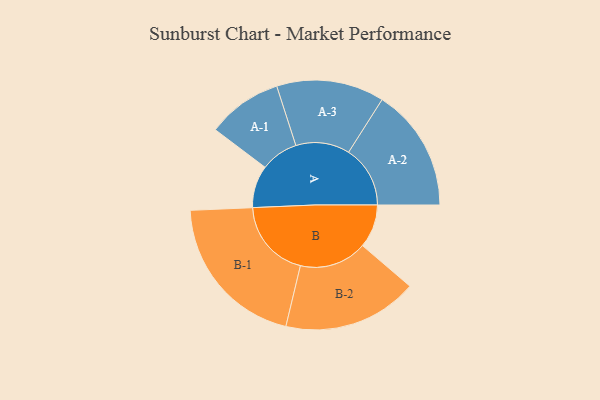
{"axis": {"x": "Segment", "y": "Value"}, "legend": ["", "A", "B"], "data": [{"x": "A", "y": 153, "type": ""}, {"x": "B", "y": 157, "type": ""}, {"x": "A-1", "y": 136, "type": "A"}, {"x": "A-2", "y": 223, "type": "A"}, {"x": "A-3", "y": 195, "type": "A"}, {"x": "B-1", "y": 287, "type": "B"}, {"x": "B-2", "y": 244, "type": "B"}]}